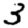
Digit: 3